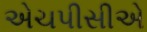
એચપીસીએ